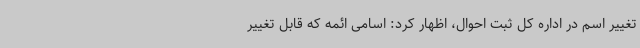
تغییر اسم در اداره کل ثبت احوال، اظهار کرد: اسامی ائمه که قابل تغییر